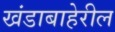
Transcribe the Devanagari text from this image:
खंडाबाहेरील